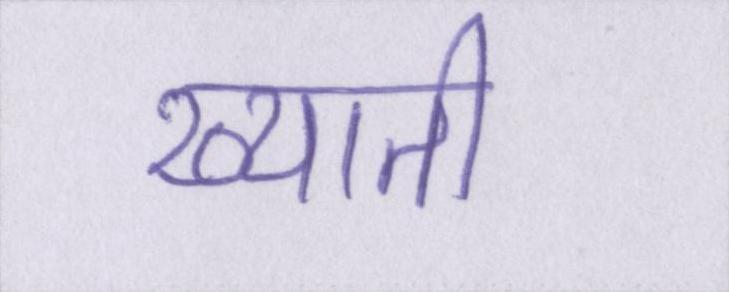
ख्याती